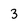
Character: 3